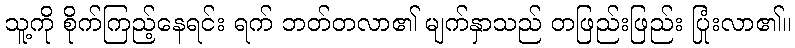
သူ့ကို စိုက်ကြည့်နေရင်း ရက် ဘတ်တလာ၏ မျက်နှာသည် တဖြည်းဖြည်း ပြုံးလာ၏။